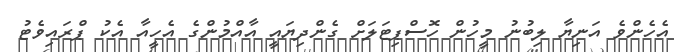
އެހެންވެ އަނިޔާ ލިބުނު މީހުން ހޮސްޕިޓަލަށް ގެންދިޔައީ އާއްމުންގެ އެހީއާ އެކު ޕްރައިވެޓު